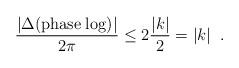
LaTeX: \begin{align*}\frac{|\Delta ({\rm phase \; log})|}{2 \pi} \leq 2 \frac{|k|}{2} = |k| \;\;.\end{align*}